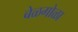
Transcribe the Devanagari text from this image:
बेळगोळा